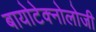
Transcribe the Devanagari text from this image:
बायोटेक्नोलोजी